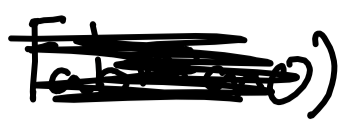
Text: Fabriano)
Cross-out: scratch
Writing tool: digital_black